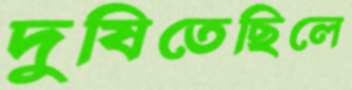
দুষিতেছিলে